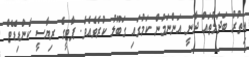
އިތުރު ބަދަލުތައް ދާނީ އަންނަމުން ކަމުގައި ގަބޫލު ކުރެވެއެވެ. ޕާޓީގެ ރިޔާސީ ކެންޑިޑޭޓް